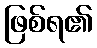
ဖြစ်ရ၏